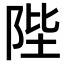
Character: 陛